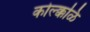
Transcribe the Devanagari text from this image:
कोल्क्कळि